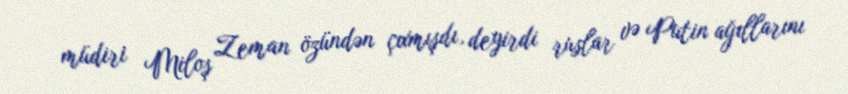
müdiri Miloş Zeman özündən çıxmışdı, deyirdi ruslar və Putin ağıllarını